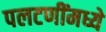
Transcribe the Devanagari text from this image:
पलटणींमध्ये